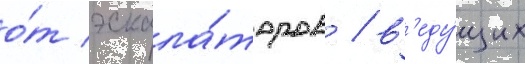
о́т эскала́торов / в'еду́щих